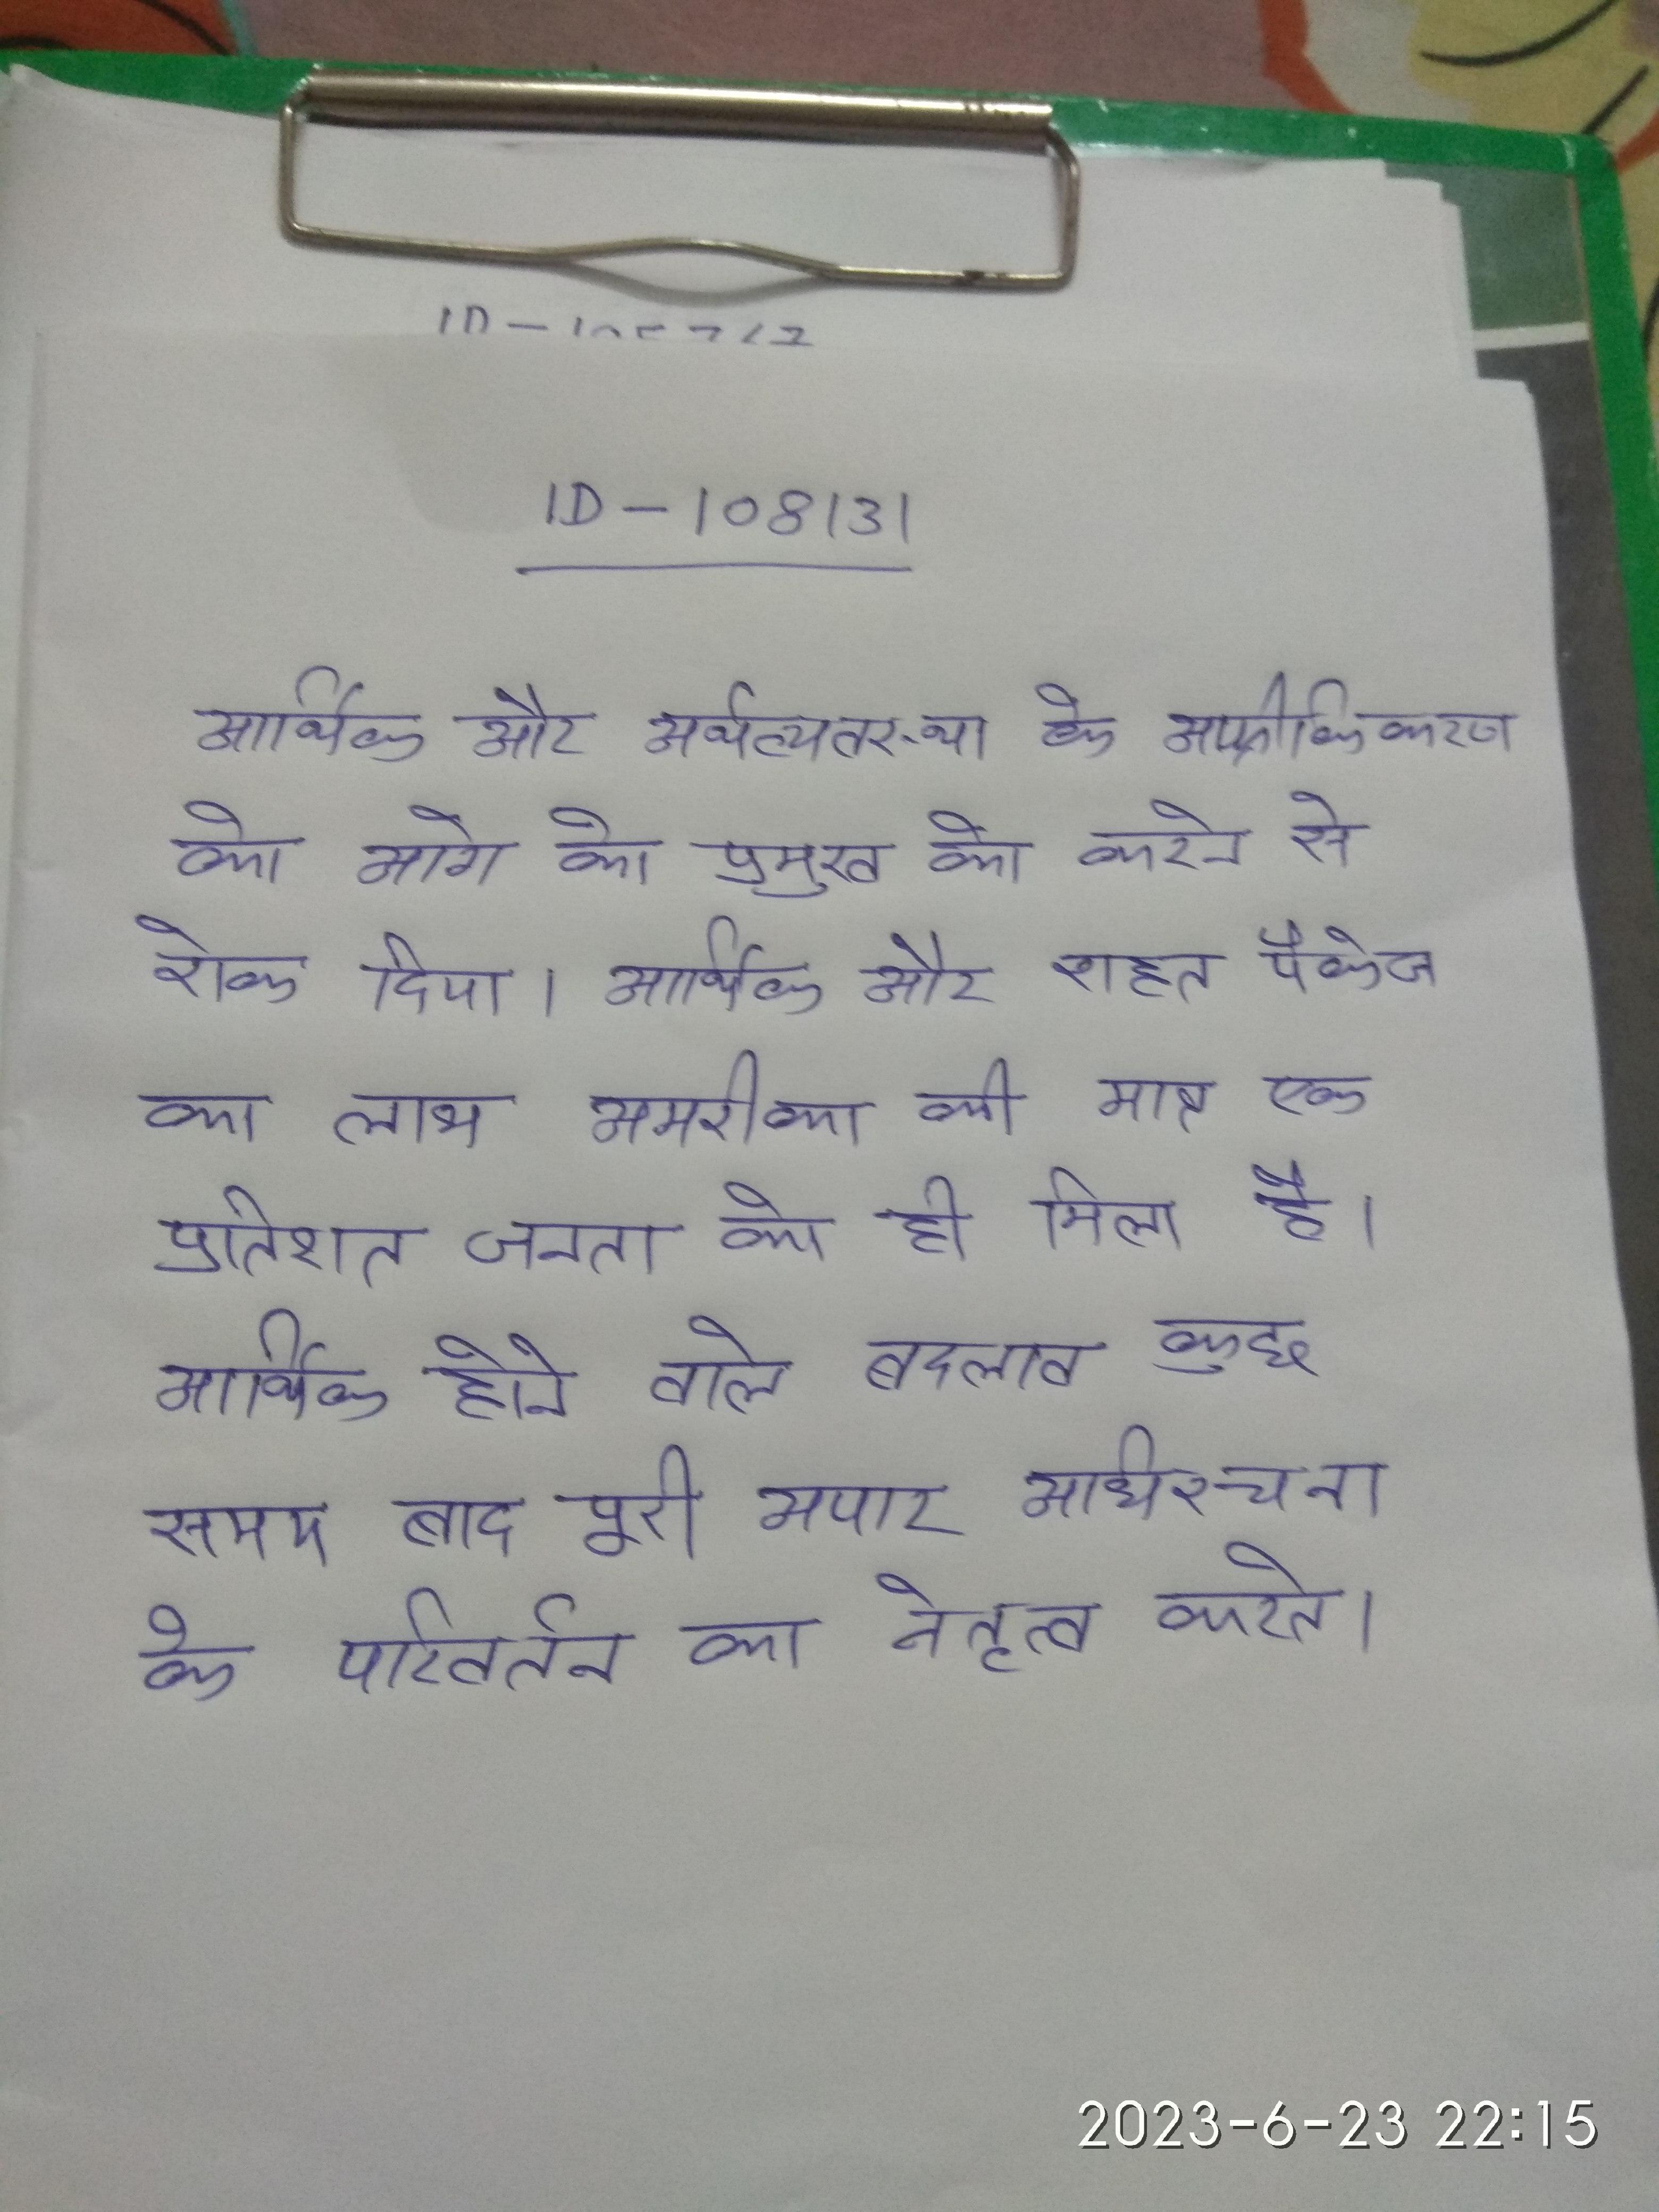
आर्थिक और अर्थव्यवस्था के "अफ्रीकीकरण" को आगे को प्रमुख को करने से रोक दिया । आर्थिक और राहत पैकेज का लाभ अमरीका की मात्र एक प्रतिशत जनता को ही मिला है । आर्थिक होने वाले बदलाव कुछ समय बाद पूरी अपार अधिरचना के परिवर्तन का नेतृत्व करते ।